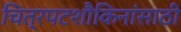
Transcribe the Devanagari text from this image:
चित्रपटशौकिनांसाठी